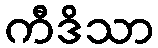
ကီဒိသာ